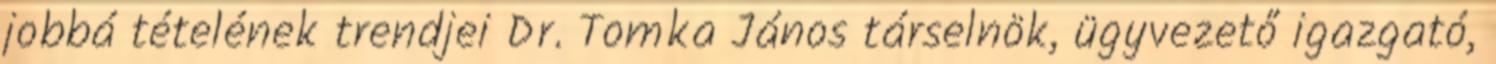
jobbá tételének trendjei Dr. Tomka János társelnök, ügyvezető igazgató,